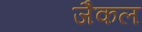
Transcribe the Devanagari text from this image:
जैकल